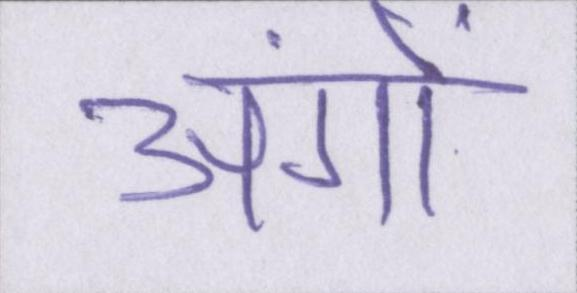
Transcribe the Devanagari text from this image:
अंगों